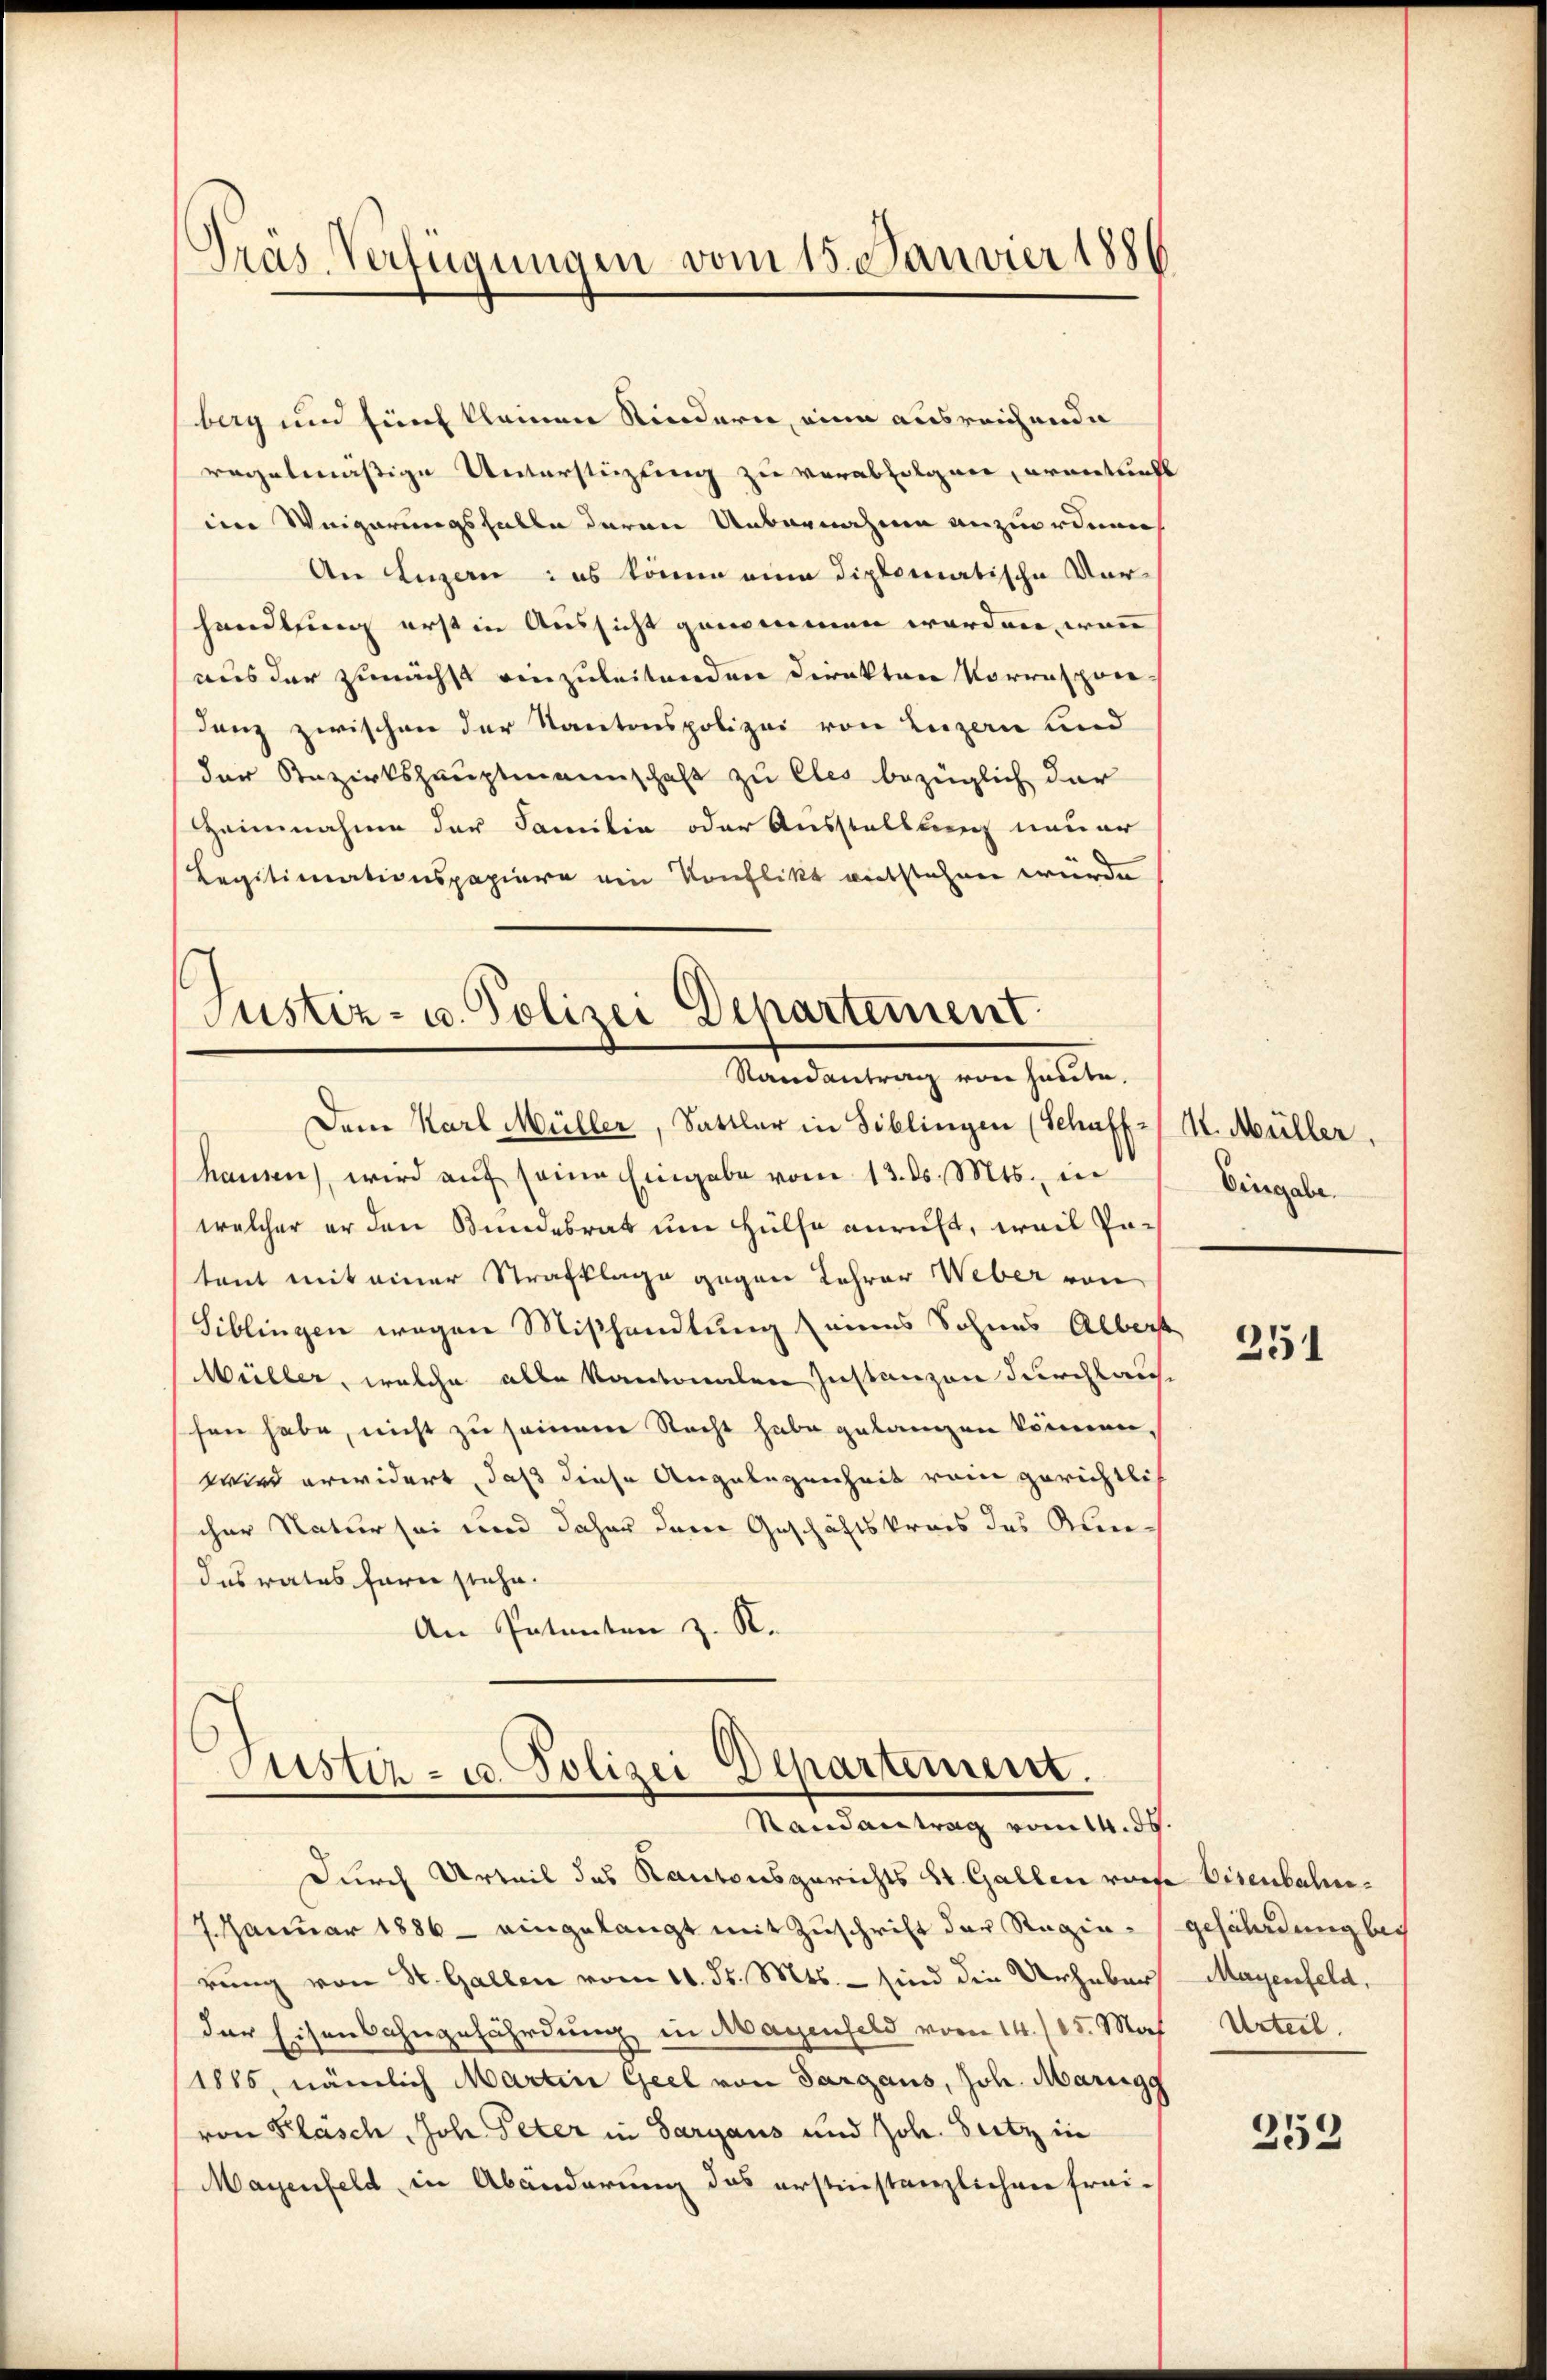
Präs. Verfügungen vom 15. Janvier 1886

berg um fünf kleinen Kindern, eine ausreichende
regelmäßige Unterstüzung zu verabfolgen, erantrahl
im Weigerungsfalle daran Uebernahme anzuordnen
An Luzern das könne eine diplomatische Vorhandlung erst in Aussicht genommen worden, wenn
aus der zunächst einzuleitenden Direkten Vorraschen
denz zwischen der Kantonspolizei von Luzern und
der Bezirkshauptmannschaft zu Cles bezüglich der
Heimnahme der Familia oder Ausstellung neuer
Legitimationspapiere ein Konflikt entstehen würde
Justiz- u. Polizei Departement.

Randantrag von heute.

Dem Karl Müller, Sattler in Biblingen (Schaff-
hanen, wird auf seine Eingabe vom 13. d. Mts., in
welcher er den Bundesrat um Hülfe anruft, weil Patant mit einer Strafklage gegen Lehrer Weber von
Siblingen wegen Mißhandlung eines Sohnes Alberst
Wüller, welche alle Kantonalen Instanzen durchlaufe
shen habe, nicht zu seinem Nacht habe gelangen können,
Wird erwidert, daß diese Angelegenheit vom gerichtlich
cher Natur sei und daher der Geschäftskreis des Kandesrates fern stehe.
An Patenten z. R.
Justiz- u. Polizei Departement.
Randantrag vom 14. ds.
Durch Urteil das Kantonsgerichts St. Gallen von
J.Januar 1886 - eingelangt mit Zuschrift der Regierung von St. Gallen vom 11. ds. Mts. – sind die Urheber
der Eisenbahngefährdung in Magenfeld vom 14./25. Mas
1885, nämlich Martin Geel von Sargaus, Joh. Marigg
von Klasch, Joh Peter in Sargaus und Joh. Seitz in
Mayenfeld in Abänderung das erstinstanzlichen frei-

4. Müller,
Eingabe.

251

se Eisenbahngefährdung bei
Mayenfeld,
Urteil.

253